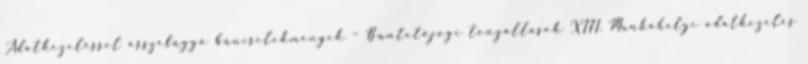
Adatkezeléssel összefüggő bűncselekmények – Büntetőjogi tényállások XIII. Munkahelyi adatkezelés